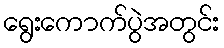
ရွေးကောက်ပွဲအတွင်း